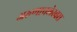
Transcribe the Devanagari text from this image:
अरुणाचलेस्वरा